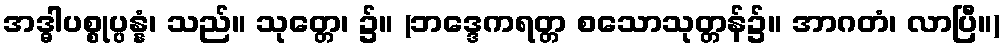
အဒ္ဓါပစ္စုပ္ပန္နံ၊ သည်။ သုတ္တေ၊ ၌။ (ဘဒ္ဒေကရတ္တ စသောသုတ္တန်၌။ အာဂတံ၊ လာပြီ။)